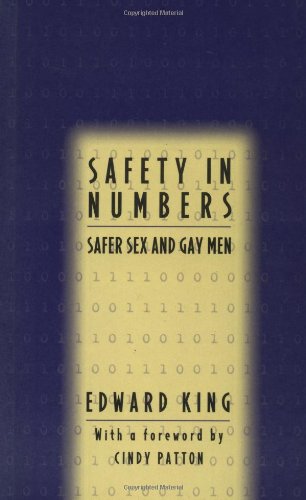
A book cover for Safety In Numbers: Safer Sex and Gay Men; Edward King; Gay & Lesbian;